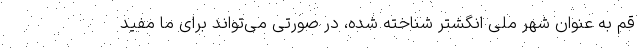
قم به عنوان شهر ملی انگشتر شناخته شده، در صورتی می‌تواند برای ما مفید